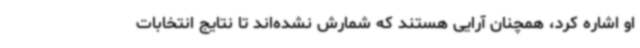
او اشاره کرد، همچنان آرایی هستند که شمارش نشده‌اند تا نتایج انتخابات